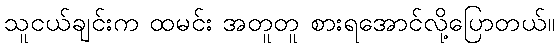
သူငယ်ချင်းက ထမင်း အတူတူ စားရအောင်လို့ပြောတယ်။